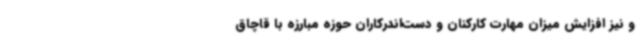
و نیز افزایش میزان مهارت کارکنان و دست‌اندرکاران حوزه مبارزه با قاچاق